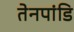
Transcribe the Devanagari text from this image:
तेनपांडि